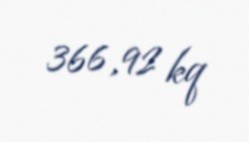
366,92 kq